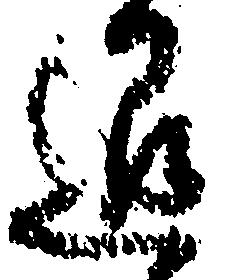
退